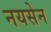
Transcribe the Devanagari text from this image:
नयसेन